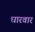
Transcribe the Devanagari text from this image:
धारवार